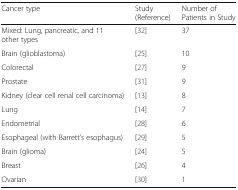
| Cancer type | Study (Reference) | Number of Patients in Study |
 | --- | --- | --- |
 | Mixed: Lung, pancreatic, and 11 other types | [32] | 37 |
 | Brain (glioblastoma) | [25] | 10 |
 | Colorectal | [27] | 9 |
 | Prostate | [31] | 9 |
 | Kidney (clear cell renal cell carcinoma) | [13] | 8 |
 | Lung | [14] | 7 |
 | Endometrial | [28] | 6 |
 | Esophageal (with Barrett’s esophagus) | [29] | 5 |
 | Brain (glioma) | [24] | 5 |
 | Breast | [26] | 4 |
 | Ovarian | [30] | 1 |